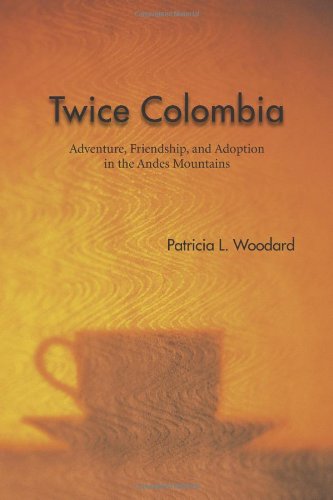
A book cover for Twice Colombia: Adventure, Friendship, and Adoption in the Andes Mountains; Patricia L. Woodard; Travel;